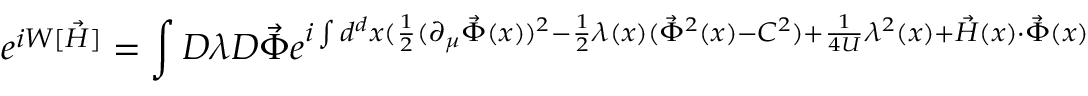
e ^ { i W [ \vec { H } ] } = \int { \cal D } \lambda { \cal D } { \vec { \Phi } } e ^ { i \int d ^ { d } x ( \frac { 1 } { 2 } ( \partial _ { \mu } { \vec { \Phi } } ( x ) ) ^ { 2 } - \frac { 1 } { 2 } \lambda ( x ) ( { \vec { \Phi } } ^ { 2 } ( x ) - C ^ { 2 } ) + \frac { 1 } { 4 U } \lambda ^ { 2 } ( x ) + { \vec { H } } ( x ) \cdot { \vec { \Phi } } ( x ) }